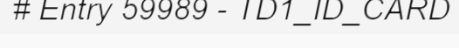
# Entry 59989 - TD1_ID_CARD